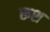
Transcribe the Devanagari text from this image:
रूश